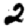
Digit: 2